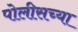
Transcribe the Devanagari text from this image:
पोलीसच्या